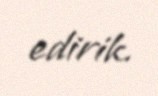
edirik.